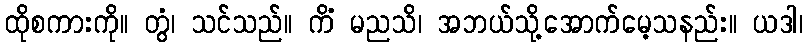
ထိုစကားကို။ တွံ၊ သင်သည်။ ကိံ မညသိ၊ အဘယ်သို့အောက်မေ့သနည်း။ ယဒါ၊